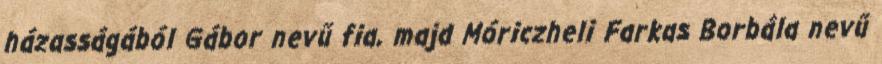
házasságából Gábor nevű fia, majd Móriczheli Farkas Borbála nevű